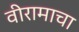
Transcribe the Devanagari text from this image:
वीरामाचा